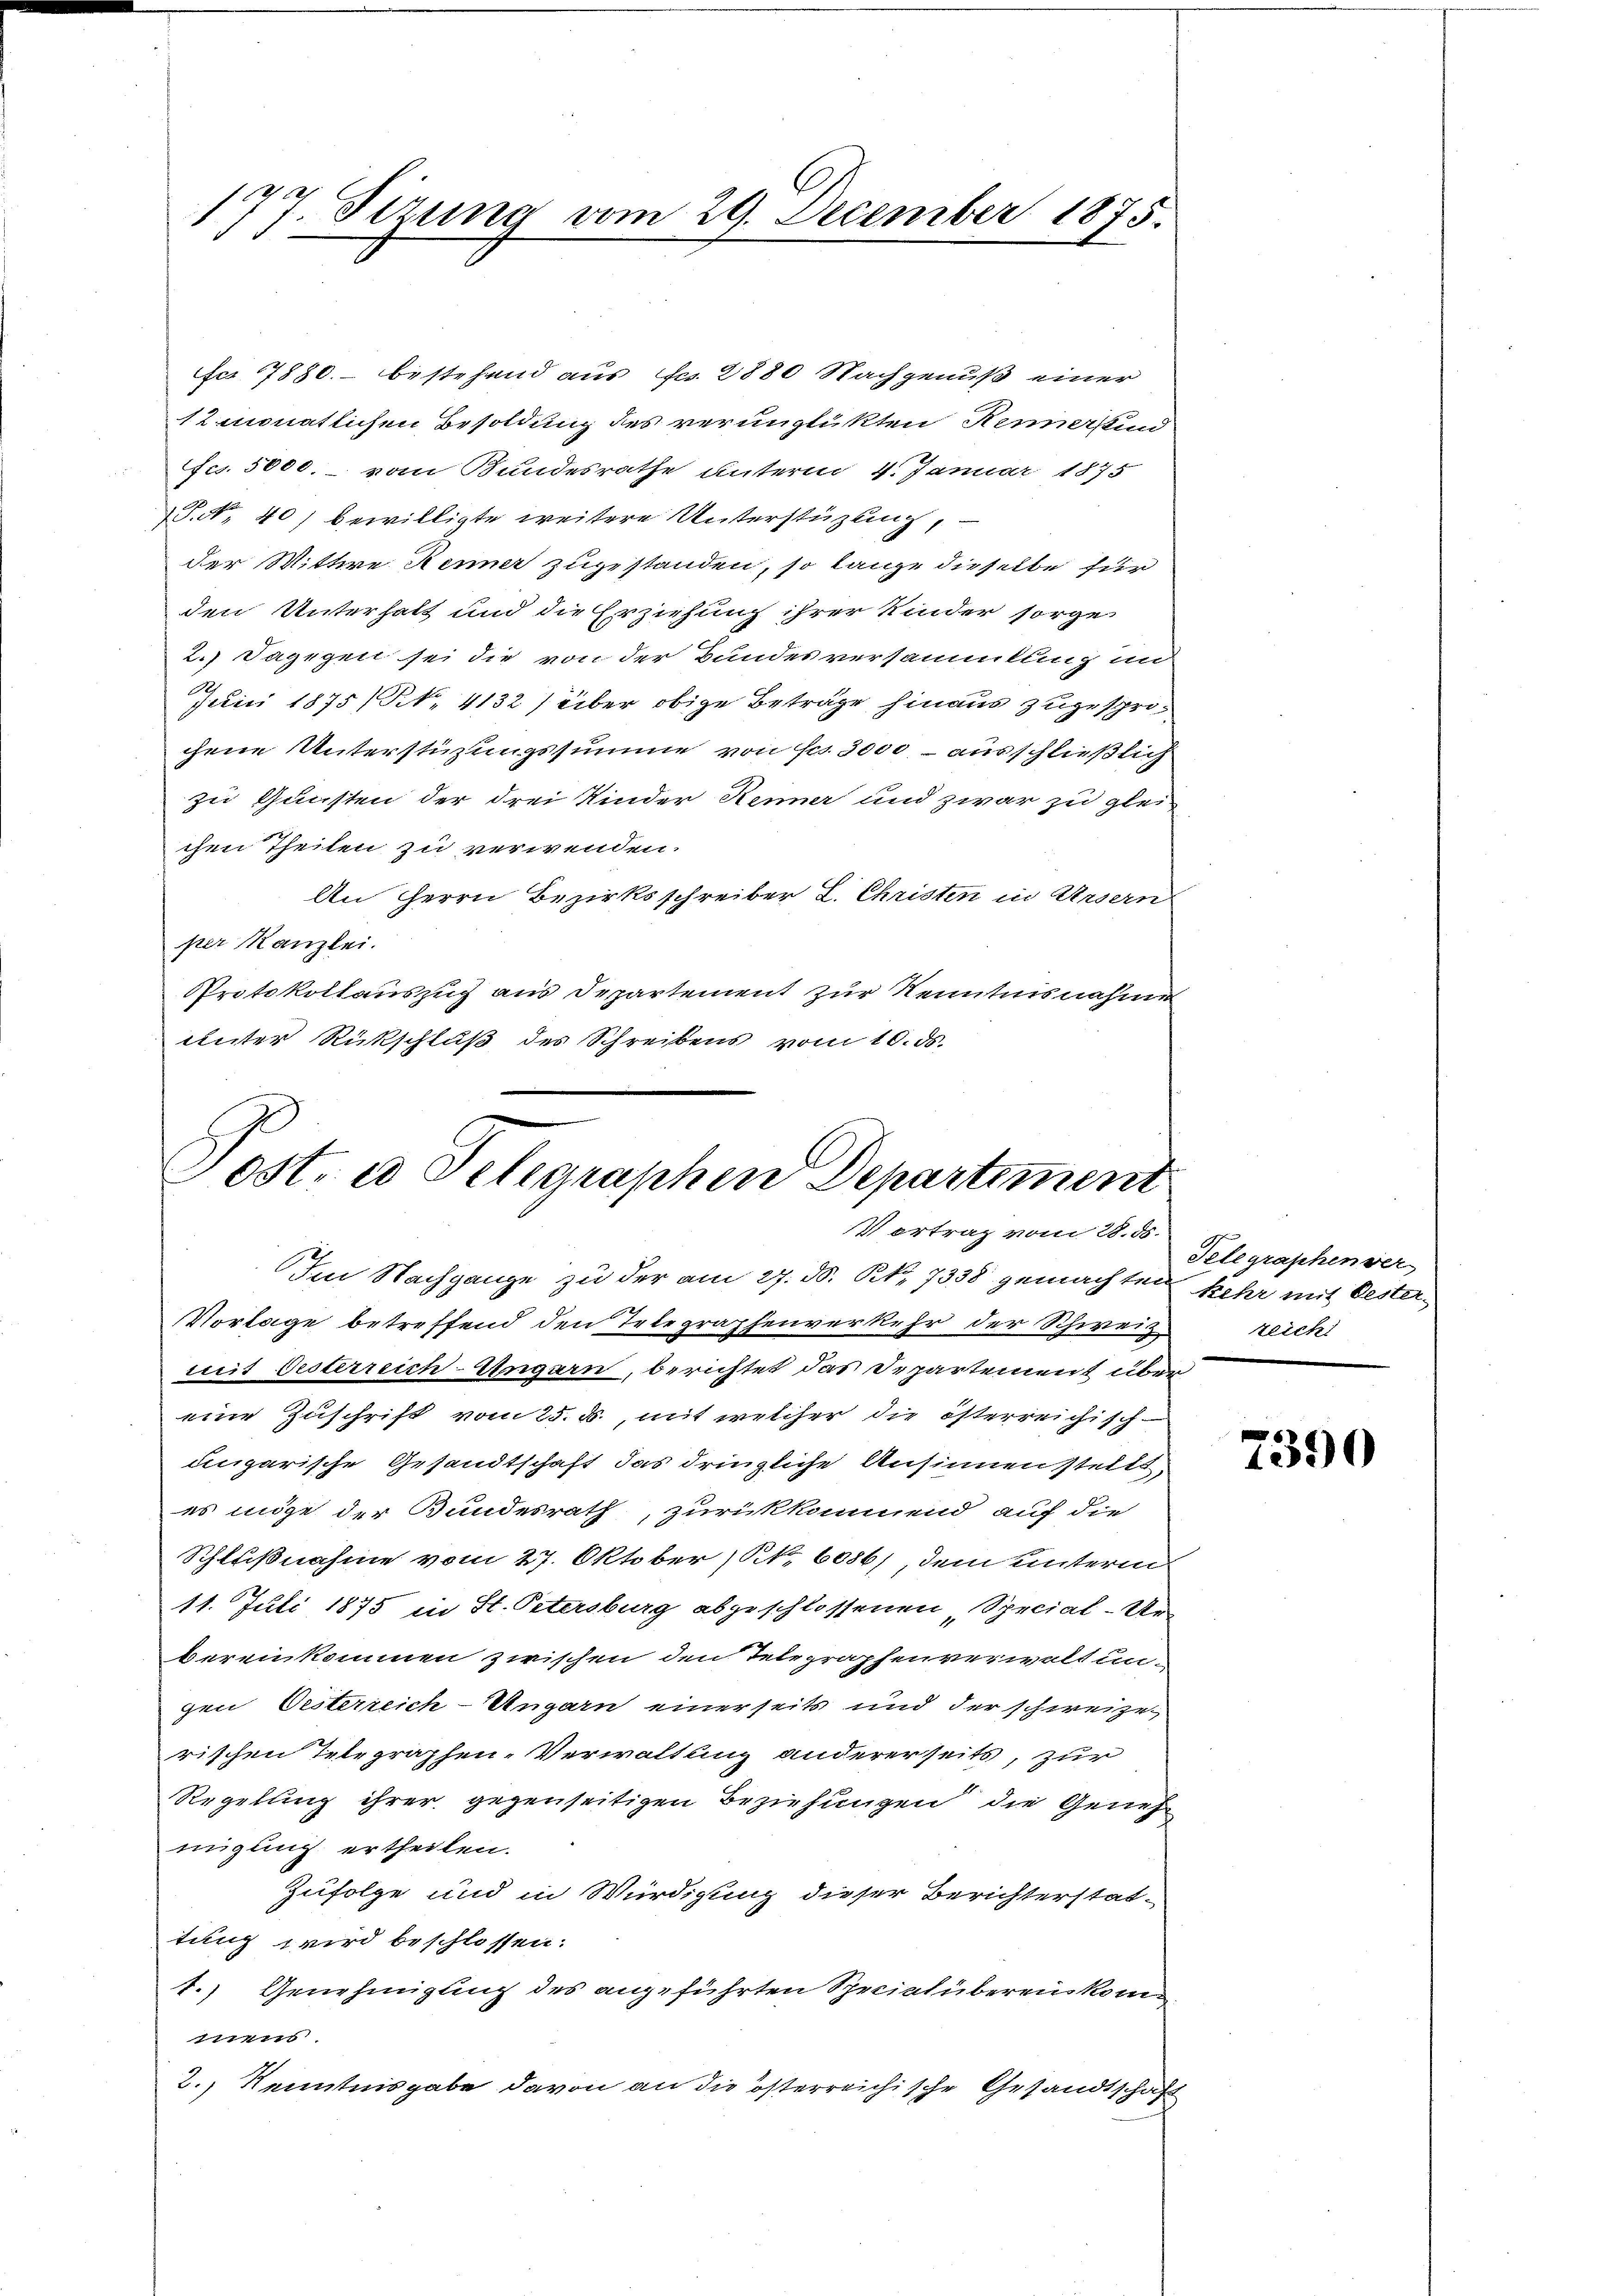
177. Sizung vom 29. December 1875.

fer 7880. bestehend aus Fr. 2880 Nachgenuß einer
12 monatlichen Besoldung des verunglükten Remarkind
fcs. 5000. - vom Bundesrathe unterm 4. Januar 1875
P. Nr. 40) bewilligte weitere Unterstützung,
der Wittwe Renner zugestanden, so lange dieselbe für
den Unterhalt und die Erziehung ihrer Kinder sorge
2.) Dagegen sei die von der Bundesversammlung in
Juni 1875 (N. 4132 / über obige Beträge hinaus zugesprochene Unterstüzungssumme von so. 3000, – ausschließlich
zu Gunsten der drei Kinder Renner und zwar zu glei
chen Theilen zu verwenden.
An Herrn Bezirksschreiber L. Christen in Ursern
per Kanzlei.
Protokollauszug aus Departement zur Kenntnisnahme
unter Rückschluß des Schreibens vom 10. ds.

Post. a Seligraphen Departement
Vertrag vom 28. ds.
Im Nachgange zu der am 27. d. R. 7338 gemachten kehr mit Oester¬

Vorlage betreffend den Telegraphenverkehr der Schweiz.
miit Oesterreich-Ungarn, berichtet das Departement über
eine Zuschrift vom 25. d., mit welcher die österreichisch-
ungarische Gesandtschaft das dringliche Ansinnenstellt,
es möge der Bundesrath, zurükkommend, auf die
Schlußnahme vom 27. Oktober (S. 6086), dem hinterm
11. Juli 1875 in St. Petersburg abgeschlossenen Special-Ur-
bereinkommen zwischen den Telegraphenverwaltun-
gen Oesterreich-Ungarn einerseits und der schweize
rischen Telegraphen-Verwaltung andererseits, zur
Regelung ihrer gegenseitigen Beziehungen die Geneh
migung ertheilen.
Zufolge und in Würdigung dieser Berichterstat-
tung wird beschlossen:
1.) Genehmigung des angeführten Sprich überen kommens
2.) Kenntnisgabe davon an die österreichische Gesandtschaft

Telegraphen ver
zeich

7390